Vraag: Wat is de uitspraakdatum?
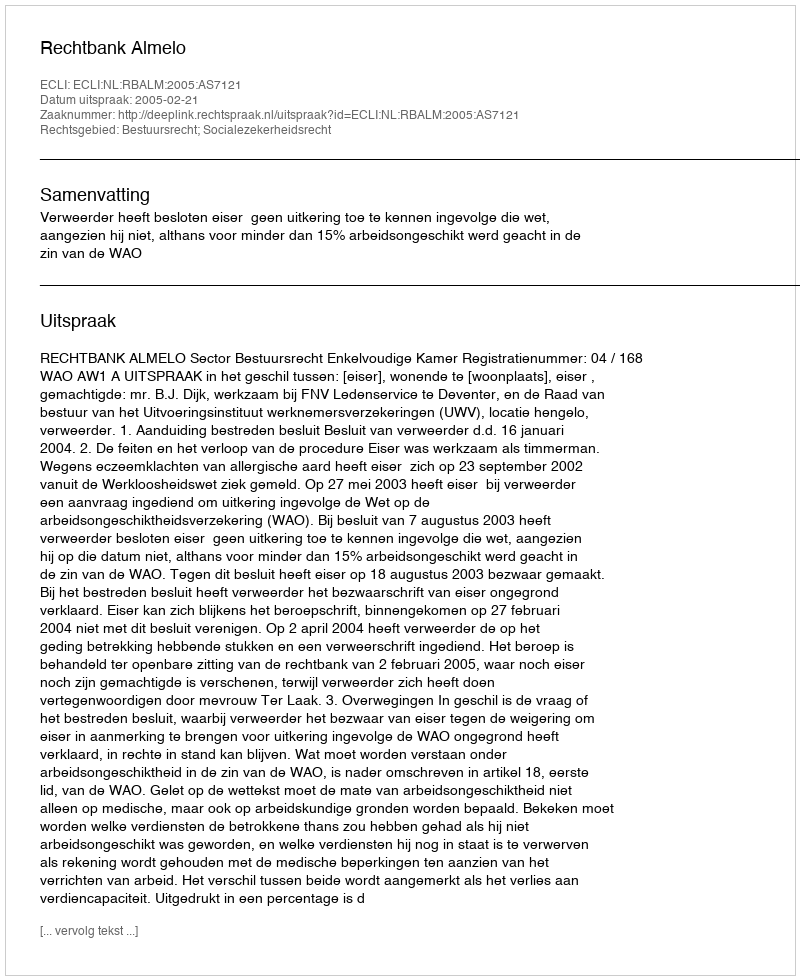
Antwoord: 2005-02-21